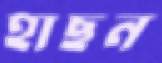
হাছন